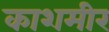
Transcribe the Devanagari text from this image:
काशमीर